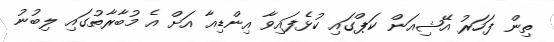
ތިން ފަހަރު އޭޝިއަން ކަޕްގައި ކުޅެފައިވާ އިންޑިއާ އަށް އެ މުބާރާތުގައި ލިބުނު